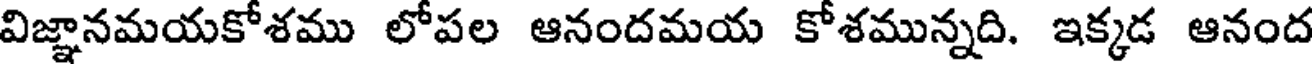
విజ్ఞానమయకోశము లోపల ఆనందమయ కోశమున్నది. ఇక్కడ ఆనంద